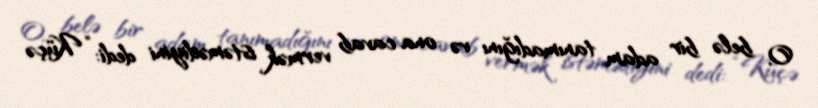
O, belə bir adam tanımadığını və ona cavab vermək istəmədiyini dedi: “Küçə